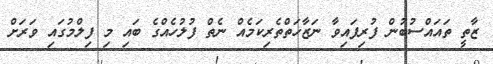
ޒާތީ ތައައްސުބުން ފުރިފައިވާ ނަޒާހަތްތެރިކަމެއް ނެތް ފުލުހެއްގެ ބައި މި ފިލްމުގައި ވަރަށް